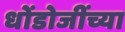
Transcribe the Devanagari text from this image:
धोंडोजींच्या